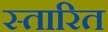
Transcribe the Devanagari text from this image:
स्तारित